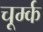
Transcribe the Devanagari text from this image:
चूर्म्क